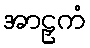
အာဠှကံ